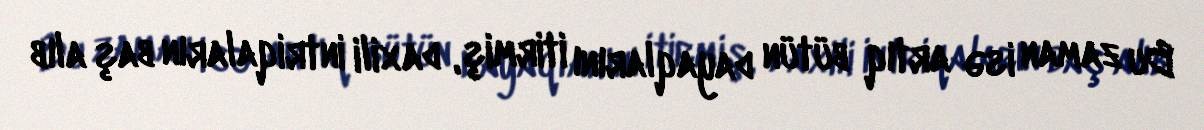
Bu zaman isə artıq bütün dayaqlarını itirmiş, daxili intriqaların baş alıb